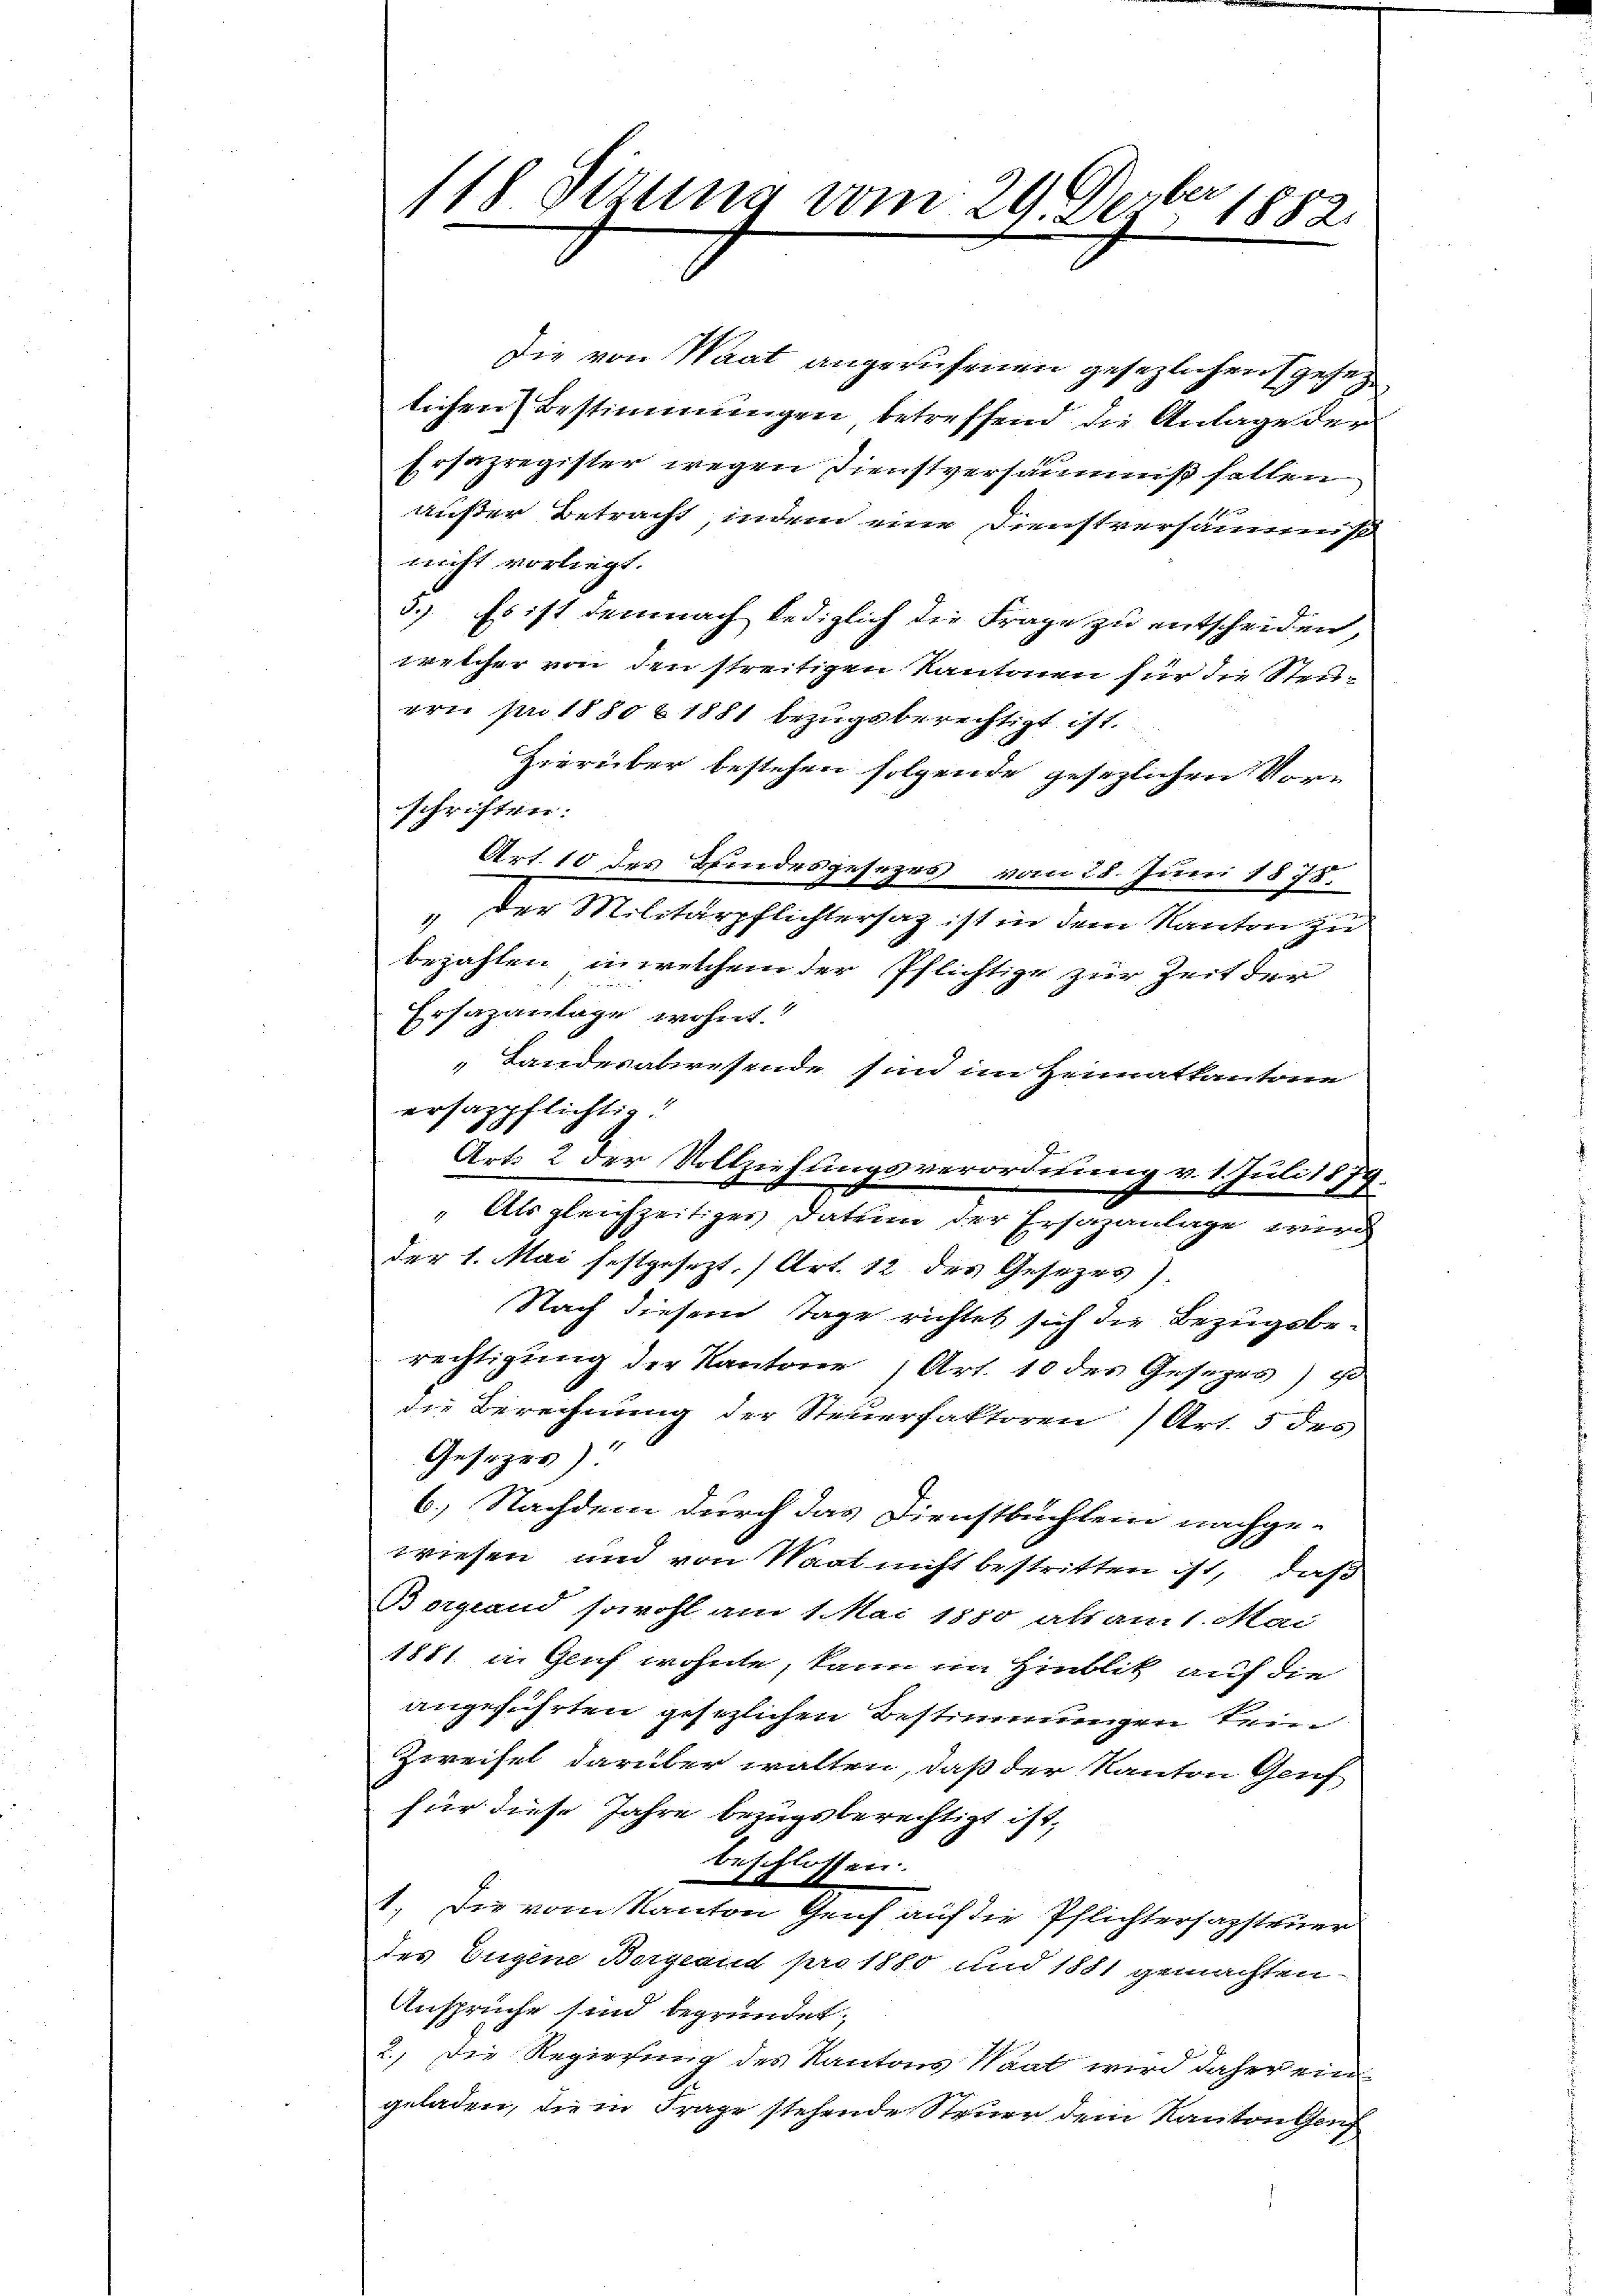
118. Sinne vom 29. Derber
1882.

ersagpflichtig.

die von Staat angerufenen gesezlichen geheg
lichen Bestimmungen, betreffend die Anlage der
Ersapregister wegen Dienstversäumniß halten
außer Betracht, indem eine Dienstversäumis
nicht vorliegt.
5.) Es ist demnach lediglich die Frage zu entscheiden,
welcher von den streitigen Kantonen für die Steu-
ren pro 1880 § 1881 bezugsberechtigt ist.
Hierüber bestehen folgende gesezlichen Vor-
schriften:
Art. 10 des Bindesgesezes vom 28. Juni 1875.
g
der Militärpflichtersag ist in dem Kanton zu
bezahlen, in welchem der Pflichtige zur Zeit der
Ersazanlage wohnt.
1
Landesabwesende sind im Heimatkantone
Art. 2 der Vollziehungsverordnung v. 1. Juli 1879.
4
Als gleichzeitigen Datum der Ersazanlage wird
der 1. Mai festgesezt. Art. 12 des Gesezes).
Nach diesem Tage richtet sich die Bezugsbe-
rechtigung der Kantone 1 Art. 10 des Gesezes) so
die Berechnung der Steuerfaktoren Art. 5 des
Gesezes)
6.) Nachdem durch das Dienstbuchlein nachge-
wiesen und von Saat nicht bestritten ist, daß
Bogland sowohl am 1. Mai 1850 als am 1. Mai
1881. in Genf wohnte, kann im Hinblik auf die
angeführten gesezlichen Bestimmungen kein
Zweifel darüber walten, daß der Kanton Genf
für diese Jahre bezugsberechtigt ist,
beschlossen:
1.) Die vom Kanton Genf auf der Pflichtersagsteuer
des Eugene Borgend pro 1880 und 1881 gemachten
Ansprüche sind begründet;
2.) Die Regierung des Kantons Saat wird daher ein
geladen, die in Frage stehende Steuer dein Kanton Ganz